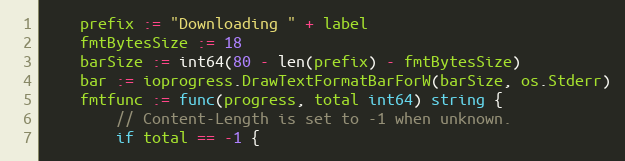
Language: Go
	prefix := "Downloading " + label
	fmtBytesSize := 18
	barSize := int64(80 - len(prefix) - fmtBytesSize)
	bar := ioprogress.DrawTextFormatBarForW(barSize, os.Stderr)
	fmtfunc := func(progress, total int64) string {
		// Content-Length is set to -1 when unknown.
		if total == -1 {